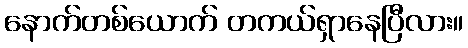
နောက်တစ်ယောက် တကယ်ရှာနေပြီလား။